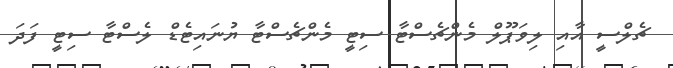
ޗެލްސީ އާއި ލިވަޕޫލް މެންޗެސްޓާ ސިޓީ މެންޗެސްޓާ ޔުނައިޓެޑް ލެސްޓާ ސިޓީ ފަދަ